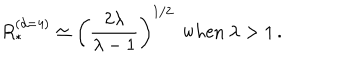
R _ { * } ^ { ( d = 4 ) } \simeq \left( \frac { 2 \lambda } { \lambda - 1 } \right) ^ { 1 / 2 } \, \ \mathrm { w h e n } \ \lambda > 1 \, .